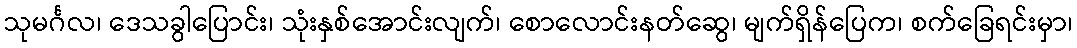
သုမင်္ဂလ၊ ဒေသခွါပြောင်း၊ သုံးနှစ်အောင်းလျက်၊ စောလောင်းနတ်ဆွေ၊ မျက်ရှိန်ပြေက၊ စက်ခြေရင်းမှာ၊